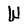
Character: W